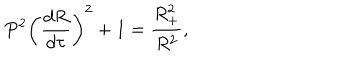
P ^ { 2 } \bigg ( \frac { d R } { d \tau } \bigg ) ^ { 2 } + 1 = \frac { R _ { + } ^ { 2 } } { R ^ { 2 } } ,